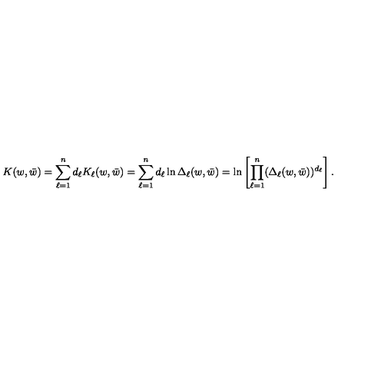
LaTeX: K ( w , \bar { w } ) = \sum _ { \ell = 1 } ^ { n } d _ { \ell } K _ { \ell } ( w , \bar { w } ) = \sum _ { \ell = 1 } ^ { n } d _ { \ell } \ln \Delta _ { \ell } ( w , \bar { w } ) = \ln \left[ \prod _ { \ell = 1 } ^ { n } ( \Delta _ { \ell } ( w , \bar { w } ) ) ^ { d _ { \ell } } \right] .